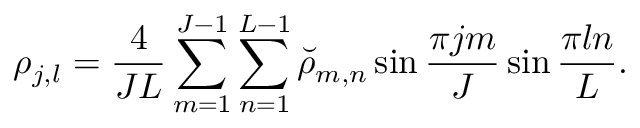
\rho _ { j , l } = \frac { 4 } { J L } \sum _ { m = 1 } ^ { J - 1 } \sum _ { n = 1 } ^ { L - 1 } { \breve { \rho } } _ { m , n } \sin \frac { \pi j m } { J } \sin \frac { \pi l n } { L } .